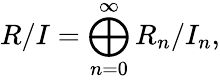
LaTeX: R/I=\bigoplus_{n=0}^{\infty}R_{n}/I_{n},